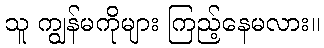
သူ ကျွန်မကိုများ ကြည့်နေမလား။